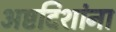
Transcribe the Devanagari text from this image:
अष्टदिशांना